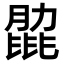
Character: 𦟭